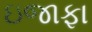
ઇજાફા